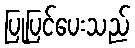
ပြုပြင်ပေးသည်